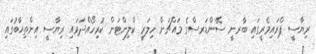
ރިޔާސީ ޕްރައިމެރީގައި ބާރނީ ސޭންޑަރސްގެ މައްޗަށް ހިލަރީ ކްލިންޓަން ކުރިހޯއްދަވައި ރިޔާސީ އިންތިޚާބުގައި